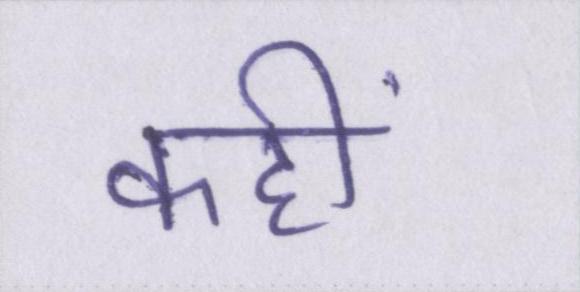
कहीं